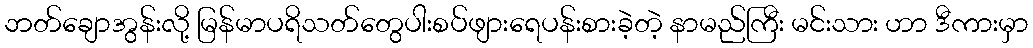
ဘတ်ချောအွန်းလို့ မြန်မာပရိသတ်တွေပါးစပ်ဖျားရေပန်းစားခဲ့တဲ့ နာမည်ကြီး မင်းသား ဟာ ဒီကားမှာ